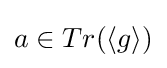
a\in Tr(\langle g\rangle )